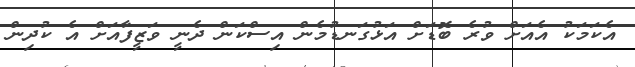
އެކަމަކު އެއަށް ވުރެ ބޮޑަށް އަޅުގަނޑުމެން އިސްކަން ދެނީ ވަޒީފާއަށް އެ ކުދިން